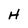
Character: H